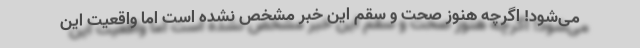
می‌شود! اگرچه هنوز صحت و سقم این خبر مشخص نشده است اما واقعیت این